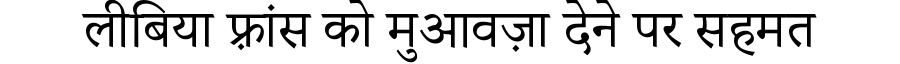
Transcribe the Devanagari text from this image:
लीबिया फ़्रांस को मुआवज़ा देने पर सहमत